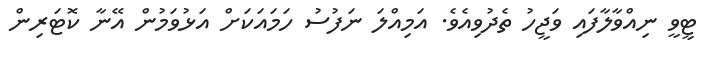
ޓީވީ ނިއްވާލާފައި ވަޖީހު ތެދުވިއެވެ. އަމިއްލަ ނަފުސު ހަމައަކަށް އަޅުވަމުން އޭނާ ކޮޓަރިން